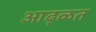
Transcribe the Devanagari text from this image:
आढ्ळत